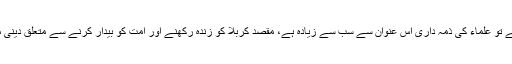
اسلام ٹائمز: امام حسین علیہ السلام کے قیام کی تفسیر اور تشریح سے متعلق بات کی جائے تو علماء کی ذمہ داری اس عنوان سے سب سے زیادہ ہے، مقصد کربلا کو زندہ رکھنے اور امت کو بیدار کرنے سے متعلق دینی مدارس کا موجودہ نظام اور کارکردگی اس حوالے سے کیسی ہونی چاہیے اور کیسی ہے۔